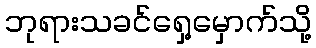
ဘုရားသခင်ရှေ့မှောက်သို့